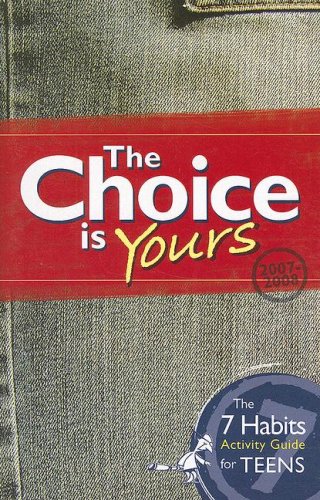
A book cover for The Choice Is Yours: The 7 Habits Activity Guide for Teens; Sean Covey; Teen & Young Adult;